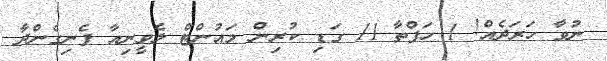
ނުވާ ހަރަދެއް! 1 ހަފްތާ 11 ގަޑި ކުރިން މައުންޓް ލެވީނިއާ ފެނިގެންދާ